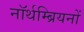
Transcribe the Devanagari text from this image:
नॉर्थम्ब्रियनों